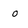
Character: o